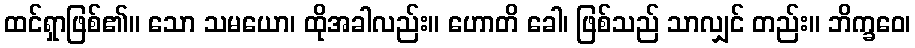
ထင်ရှာဖြစ်၏။ သော သမယော၊ ထိုအခါလည်း။ ဟောတိ ခေါ၊ ဖြစ်သည် သာလျှင် တည်း။ ဘိက္ခဝေ၊